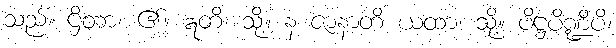
သည်။ ဌိတာ၊ ၏။ ဣတိ၊ သို့။ န ဇာနာတိ ယထာ၊ သို့။ ပိဋ္ဌပိဏ္ဍိပိ၊